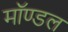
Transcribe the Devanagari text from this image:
मॉण्डल